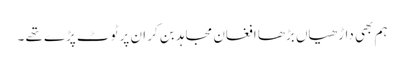
ہم بھی داڑھیاں بڑھا افغان مجاہد بن کر ان پر ٹوٹ پڑے تھے ۔